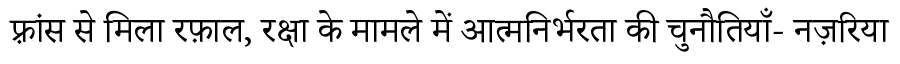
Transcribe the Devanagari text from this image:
फ़्रांस से मिला रफ़ाल, रक्षा के मामले में आत्मनिर्भरता की चुनौतियाँ- नज़रिया